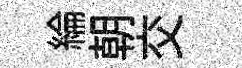
綸朝交